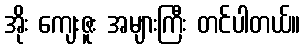
အိုး ကျေးဇူး အများကြီး တင်ပါတယ်။